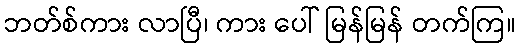
ဘတ်စ်ကား လာပြီ၊ ကား ပေါ် မြန်မြန် တက်ကြ။